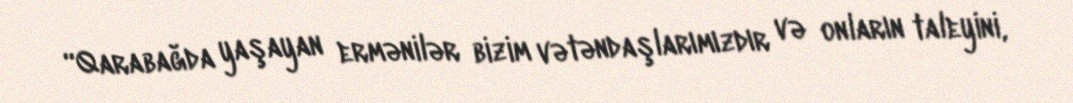
“Qarabağda yaşayan ermənilər bizim vətəndaşlarımızdır və onların taleyini,